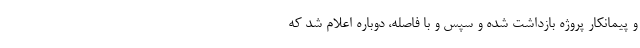
و پیمانکار پروژه بازداشت شده و سپس و با فاصله، دوباره اعلام شد که